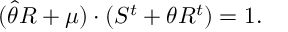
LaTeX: ( \widehat { \theta } R + \mu ) \cdot ( S ^ { t } + \theta R ^ { t } ) = 1 .